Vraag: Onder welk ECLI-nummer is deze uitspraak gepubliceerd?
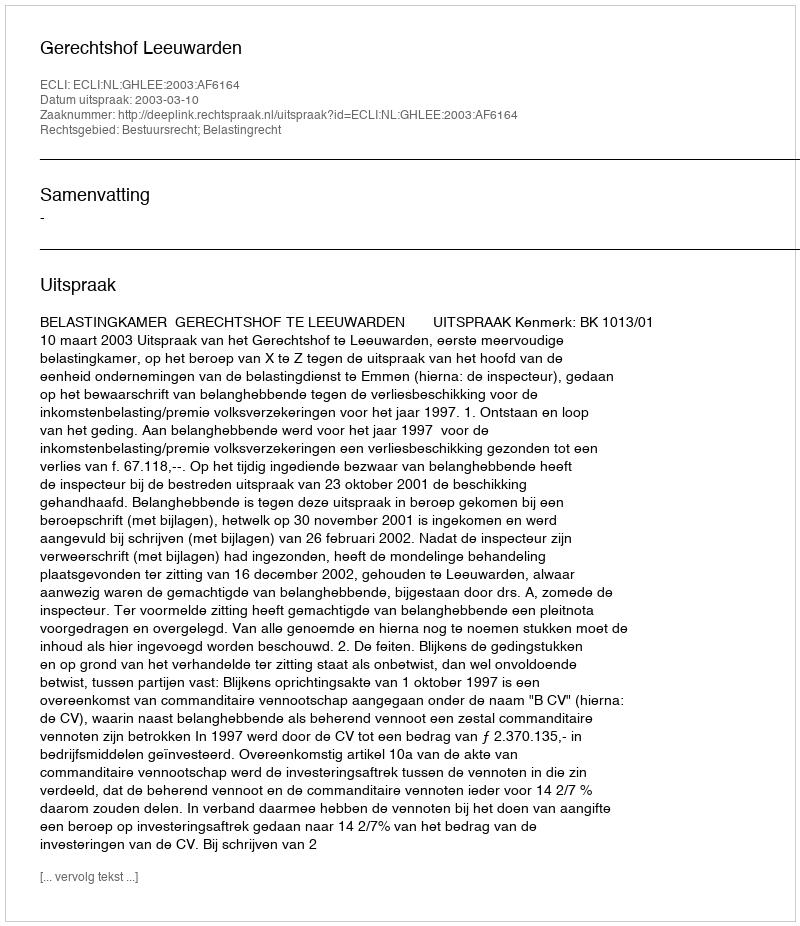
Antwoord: ECLI:NL:GHLEE:2003:AF6164